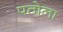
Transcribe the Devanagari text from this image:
पतोला